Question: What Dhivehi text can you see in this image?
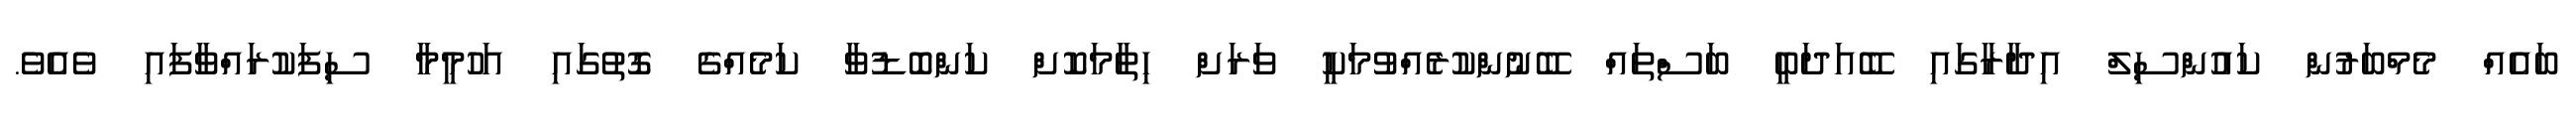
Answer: ބައެއް މެމްބަރުން ކައުންސިލް އިދާރާގައި ބޭއަދަބީ ބަސްތައް ބޭނުންކުރެއްވުމަކީ ވަރަށް ހިތާމަކޮށް ކަންބޮޑުވާ ކަމެއްގެ ގޮތުގައި އަހުމީމާ ސިފަކުރައްވާފައި ވެއެވެ.